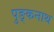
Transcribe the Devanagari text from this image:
पुङ्कनाथ